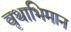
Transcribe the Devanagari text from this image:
वृथाभिमान